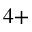
^ { 4 + }